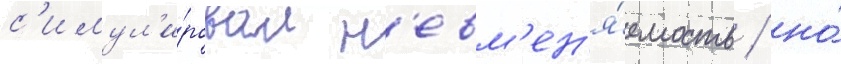
с'имул'и́ровал н'евм'ен'я́емость / но́